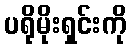
ပရိုမိုးရှင်းကို